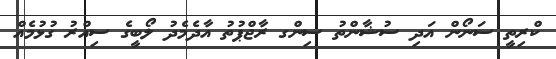
ކްރިތީ ސަނޯން އަދި ސުޝާންތު ސިންގ ރާޖްޕުތު އާދެމެދު ލޯބީގެ ސިއްރު ގުޅުމެއް